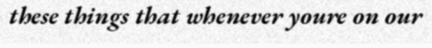
these things that whenever youre on our